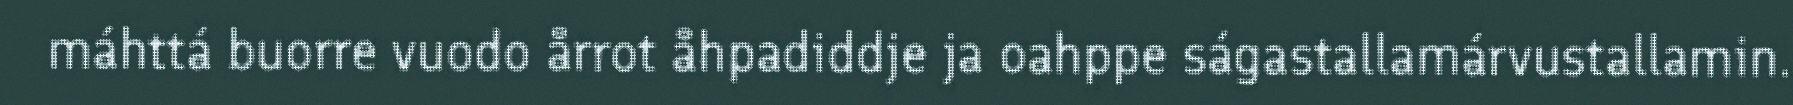
máhttá buorre vuodo årrot åhpadiddje ja oahppe ságastallamárvustallamin.